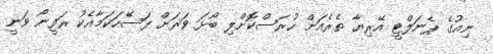
ނިއުގެ ޕެނަލްޓީ އޭރިޔާ ތެރެއަށް ހުރަސްކޮށްލި ބޯޅަ ވަރަށް ފަސޭހަކަމާއެކު ރަފީނޯ ވަނީ